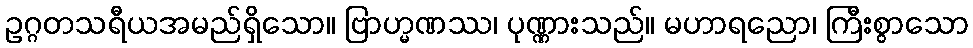
ဥဂ္ဂတသရီယအမည်ရှိသော။ ဗြာဟ္မဏဿ၊ ပုဏ္ဏားသည်။ မဟာရညော၊ ကြီးစွာသော